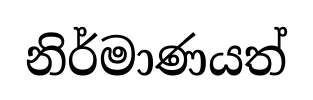
නිර්මාණයත්